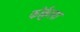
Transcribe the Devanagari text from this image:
कोर्कुला